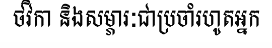
ថវិកា និងសម្ភារៈជាប្រចាំរហូតអ្នក